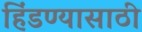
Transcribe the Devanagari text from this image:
हिंडण्यासाठी